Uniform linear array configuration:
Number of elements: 8
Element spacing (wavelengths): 0.25
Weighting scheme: binomial
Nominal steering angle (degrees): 30
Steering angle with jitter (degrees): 28.297
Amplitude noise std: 0.05
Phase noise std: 0.05

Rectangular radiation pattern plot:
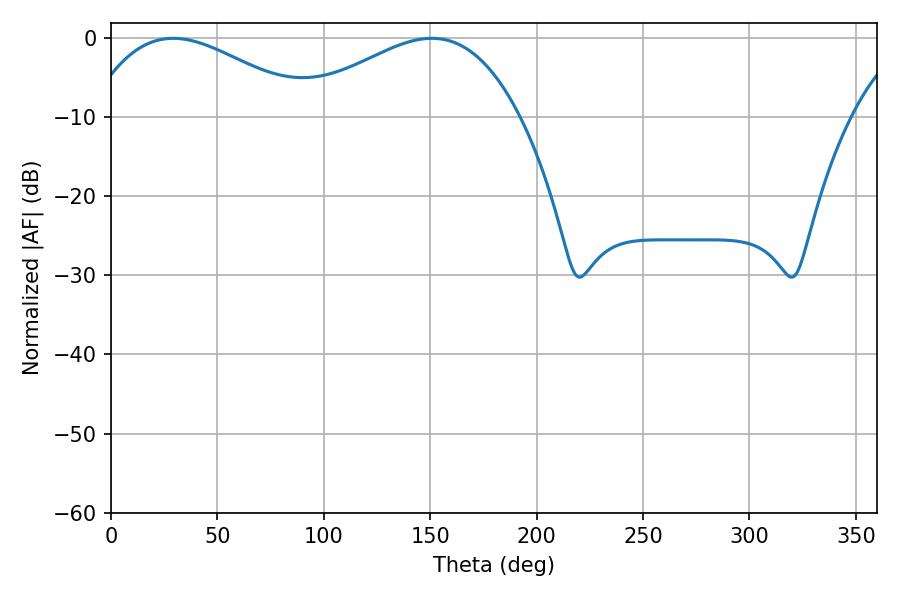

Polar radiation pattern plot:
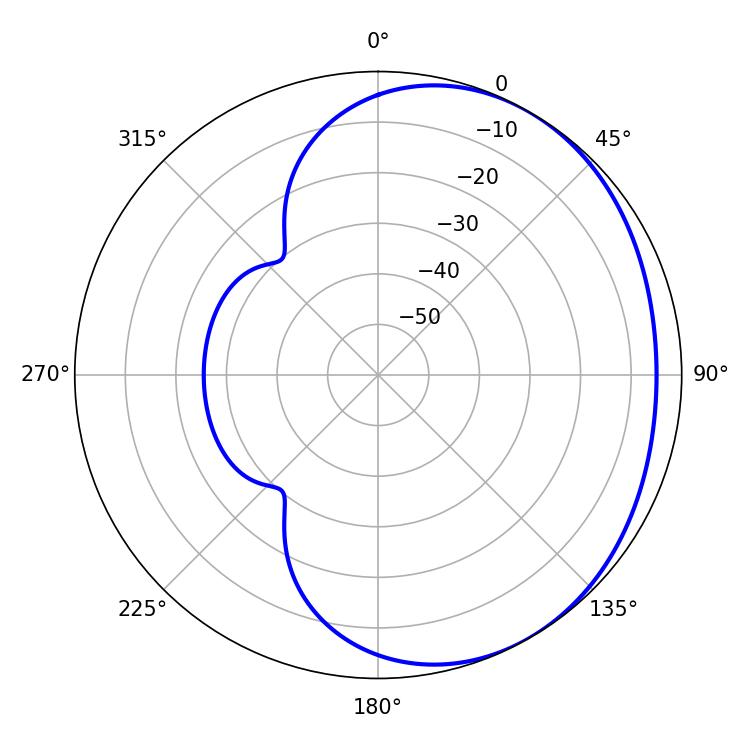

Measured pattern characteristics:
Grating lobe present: FALSE
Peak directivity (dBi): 2.321
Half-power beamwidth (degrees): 57.42
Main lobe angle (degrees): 29.16